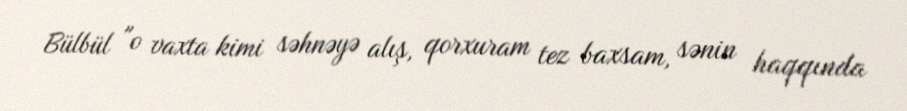
Bülbül "o vaxta kimi səhnəyə alış, qorxuram tez baxsam, sənin haqqında